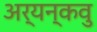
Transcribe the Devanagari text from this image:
अर्यन्कवु